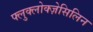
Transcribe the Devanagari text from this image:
फ्लुक्लोक्ज़ेसिलिन